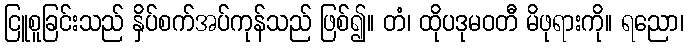
ငြူစူခြင်းသည် နှိပ်စက်အပ်ကုန်သည် ဖြစ်၍။ တံ၊ ထိုပဒုမဝတီ မိဖုရားကို။ ရညော၊